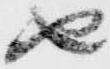
由